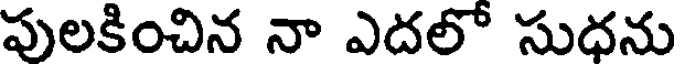
పులకించిన నా ఎదలో సుధను